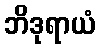
ဘိဒုရာယံ